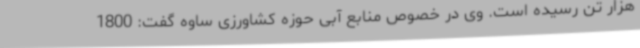
هزار تن رسیده است. وی در خصوص منابع آبی حوزه کشاورزی ساوه گفت: 1800